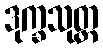
ဒုက္ခသုတ္တ